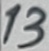
Text: 13